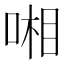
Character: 𠷹